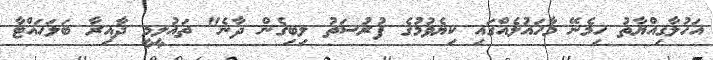
އަހުލާގިއްޔާތު ހިމެނޭ މާހައުލެއްގައި ކިޔެވުމުގެ ފުރުސަތު ލިބިގެން ދާނެ" ތައުލީމީ ދާއިރާ ބަލަހައްޓާ